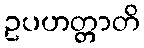
ဥပဟတ္တာတိ